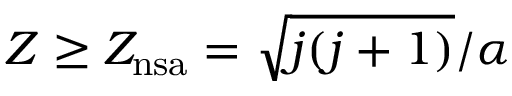
Z \ge Z _ { \mathrm { n s a } } = \sqrt { j ( j + 1 ) } / \alpha